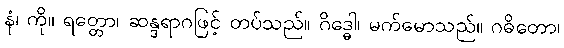
နံ၊ ကို။ ရတ္တော၊ ဆန္ဒရာဂဖြင့် တပ်သည်။ ဂိဒ္ဓေါ၊ မက်မောသည်။ ဂဓိတော၊